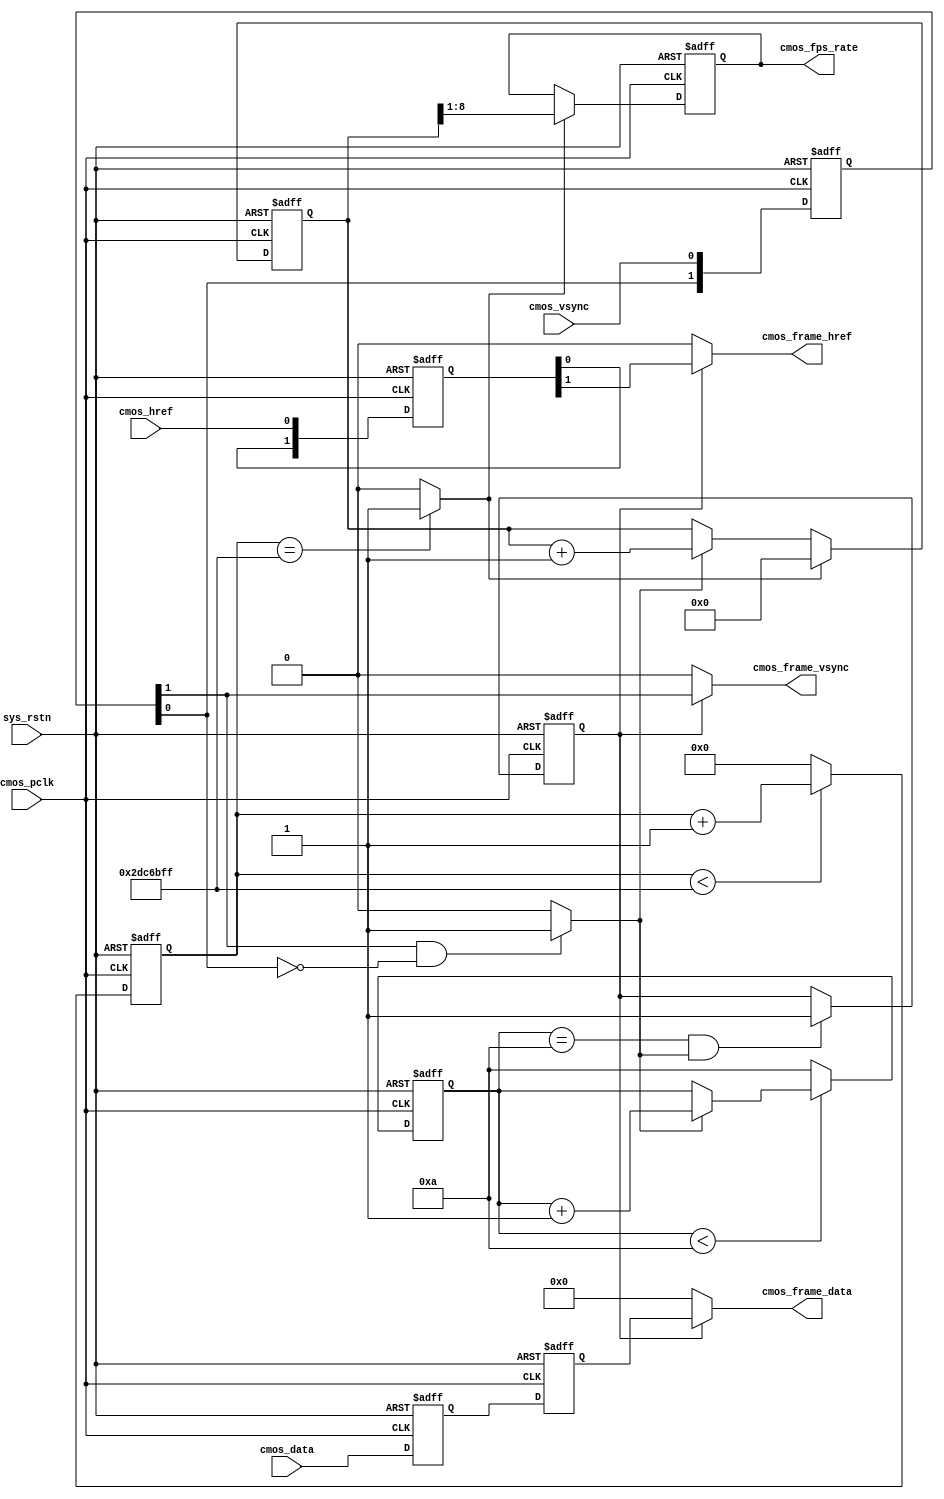
`timescale 1ns/1ns
module capturer_raw #(
    //Wait n fps for steady(OmniVision need 10 Frame)
    parameter CMOS_FRAME_WAITCNT = 4'd10 
) (
    //global clock
    input				sys_rstn,				//global reset

    //CMOS Sensor Interface
    input				cmos_pclk,			//24MHz CMOS Pixel clock input
    input				cmos_vsync,			//H : Data Valid; L : Frame Sync(Set it by register)
    input				cmos_href,			//H : Data vaild, L : Line Sync
    input		[7:0]	cmos_data,			//8 bits cmos data input

    //CMOS SYNC Data output
    output				cmos_frame_vsync,	//cmos frame data vsync valid signal
    output				cmos_frame_href,	//cmos frame data href vaild  signal
    output		[7:0]	cmos_frame_data,	//cmos frame RAW output

    //user interface
    output	reg	[7:0]	cmos_fps_rate		//cmos frame output rate
);

//-----------------------------------------------------
//Sensor HS & VS Vaild Capture
/**************************************************
         _________________________________
VS______|                                 |________
                _______	 	     _______
HS_____________|       |__...___|       |____________
**************************************************/
//-------------------------------------------------------------
//sync the frame vsync and href signal and generate frame begin & end signal
reg	[1:0]	cmos_vsync_r, cmos_href_r;
reg	[7:0]	cmos_data_r0, cmos_data_r1;
always@(posedge cmos_pclk or negedge sys_rstn) begin
    if(!sys_rstn) begin
        cmos_vsync_r <= 0;
        cmos_href_r <= 0;
        {cmos_data_r1, cmos_data_r0} <= 0;
    end
    else begin
        cmos_vsync_r <= {cmos_vsync_r[0], cmos_vsync};
        cmos_href_r <= {cmos_href_r[0], cmos_href};
        {cmos_data_r1, cmos_data_r0} <= {cmos_data_r0, cmos_data};
    end
end
//wire	cmos_vsync_begin 	= 	(~cmos_vsync_r[1] & cmos_vsync_r[0]) ? 1'b1 : 1'b0;
wire	cmos_vsync_end 		= 	(cmos_vsync_r[1] & ~cmos_vsync_r[0]) ? 1'b1 : 1'b0;

//----------------------------------------------------------------------------------
//Wait for Sensor output Data valid 10 Frame of OmniVision
reg	[3:0]	cmos_fps_cnt;
always@(posedge cmos_pclk or negedge sys_rstn) begin
    if(!sys_rstn)
        cmos_fps_cnt <= 0;
    else begin	//Wait until cmos init complete
        if(cmos_fps_cnt < CMOS_FRAME_WAITCNT)
            cmos_fps_cnt <= cmos_vsync_end ? cmos_fps_cnt + 1'b1 : cmos_fps_cnt;
        else
            cmos_fps_cnt <= CMOS_FRAME_WAITCNT;
    end
end

//----------------------------------------------------------------------------------
//Come ture frame synchronization to ignore error frame or has not capture when vsync begin
reg		frame_sync_flag;
always@(posedge cmos_pclk or negedge sys_rstn) begin
    if(!sys_rstn)
        frame_sync_flag <= 0;
    else if(cmos_fps_cnt == CMOS_FRAME_WAITCNT && cmos_vsync_end == 1)
        frame_sync_flag <= 1;
    else
        frame_sync_flag <= frame_sync_flag;
end


assign	cmos_frame_vsync = frame_sync_flag ? cmos_vsync_r[1] : 1'b0;//DFF 2 clocks
assign	cmos_frame_href  = frame_sync_flag ? cmos_href_r[1] : 1'b0;	//DFF 2 clocks
assign	cmos_frame_data	 = frame_sync_flag ? cmos_data_r1 : 8'd0;	//DFF 2 clocks

//----------------------------------------------------------------------------------------------------------
//----------------------------------------------------------------------------------------------------------
//Delay 2s for cmos fps counter
localparam	DELAY_TOP = 2 * 24_000000;	//2s delay
reg	[27:0]	delay_cnt;
always@(posedge cmos_pclk or negedge sys_rstn) begin
    if(!sys_rstn)
        delay_cnt <= 0;
    else if(delay_cnt < DELAY_TOP - 1'b1)
        delay_cnt <= delay_cnt + 1'b1;
    else
        delay_cnt <= 0;
end
wire delay_2s = (delay_cnt == DELAY_TOP - 1'b1) ? 1'b1 : 1'b0;

//-------------------------------------
//cmos image output rate counter
reg	[8:0]	cmos_fps_cnt2;
always@(posedge cmos_pclk or negedge sys_rstn) begin
    if(!sys_rstn) begin
        cmos_fps_cnt2 <= 0;
        cmos_fps_rate <= 0;
    end
    else if(delay_2s == 1'b0) begin	//time is not reached
        cmos_fps_cnt2 <= cmos_vsync_end ? cmos_fps_cnt2 + 1'b1 : cmos_fps_cnt2;
        cmos_fps_rate <= cmos_fps_rate;
    end
    else begin	//time up
        cmos_fps_cnt2 <= 0;
        cmos_fps_rate <= cmos_fps_cnt2[8:1];	//divide by 2
    end
end

endmodule